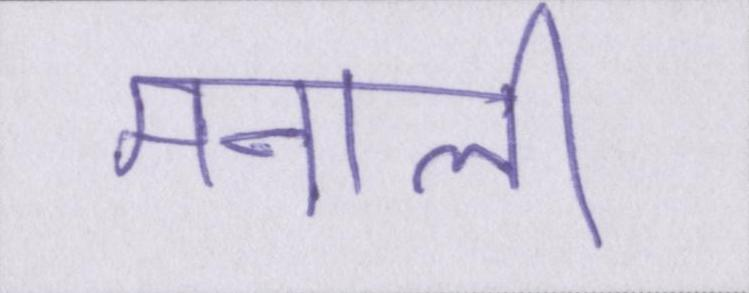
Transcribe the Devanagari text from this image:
मनाली